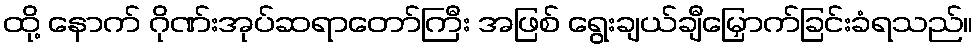
ထို့ နောက် ဂိုဏ်းအုပ်ဆရာတော်ကြီး အဖြစ် ရွေးချယ်ချီမြှောက်ခြင်းခံရသည်။